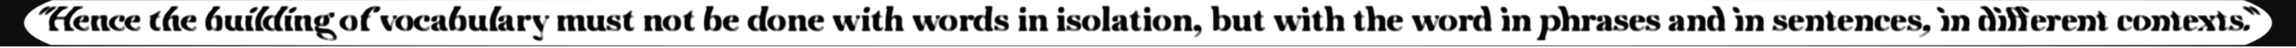
"Hence the building of vocabulary must not be done with words in isolation, but with the word in phrases and in sentences, in different contexts."